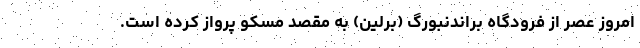
امروز عصر از فرودگاه براندنبورگ (برلین) به مقصد مسکو پرواز کرده است.